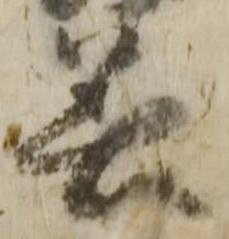
着